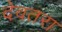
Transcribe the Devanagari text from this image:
देवतरा